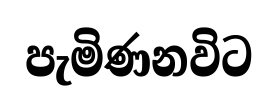
පැමිණනවිට